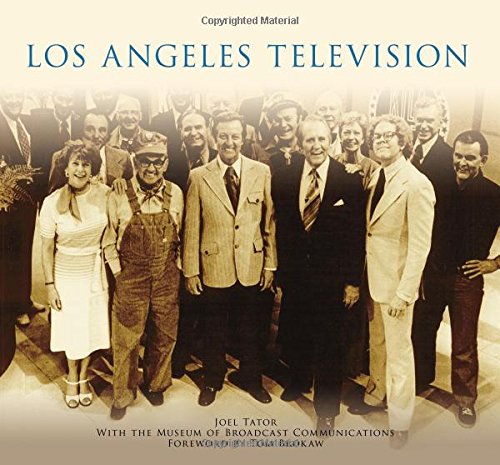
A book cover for Los Angeles Television; Joel Tator; Humor & Entertainment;